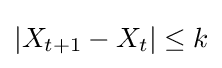
|X_{t+1}-X_{t}|\leq k